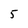
Character: 5